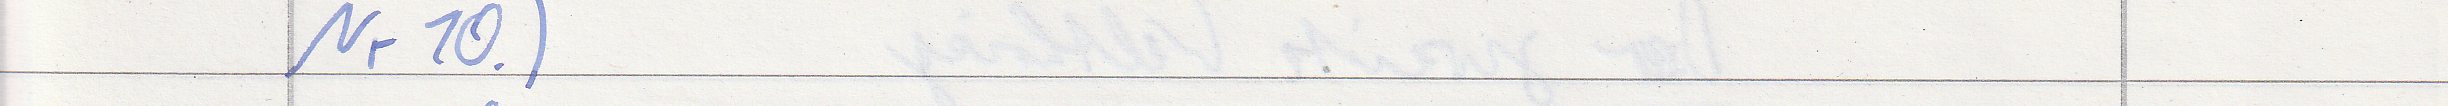
Nr10.)